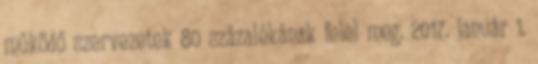
működő szervezetek 80 százalékának felel meg. 2017. január 1.